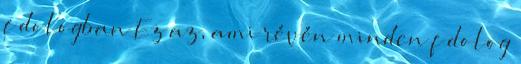
f dologban Ez az, ami révén minden f dolog